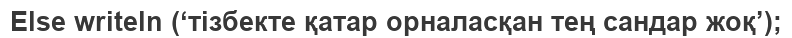
Else writeln (‘тізбекте қатар орналасқан тең сандар жоқ’);